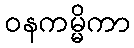
ဝနကမ္မိကာ